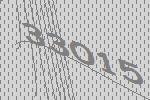
33015